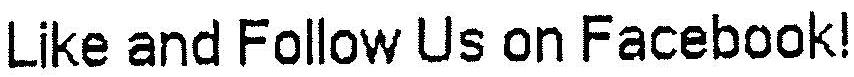
LIKE AND FOLLOW US ON FACEBOOK!